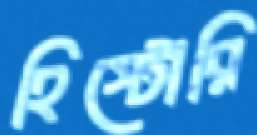
হিস্টোরি